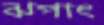
ঝপাৎ